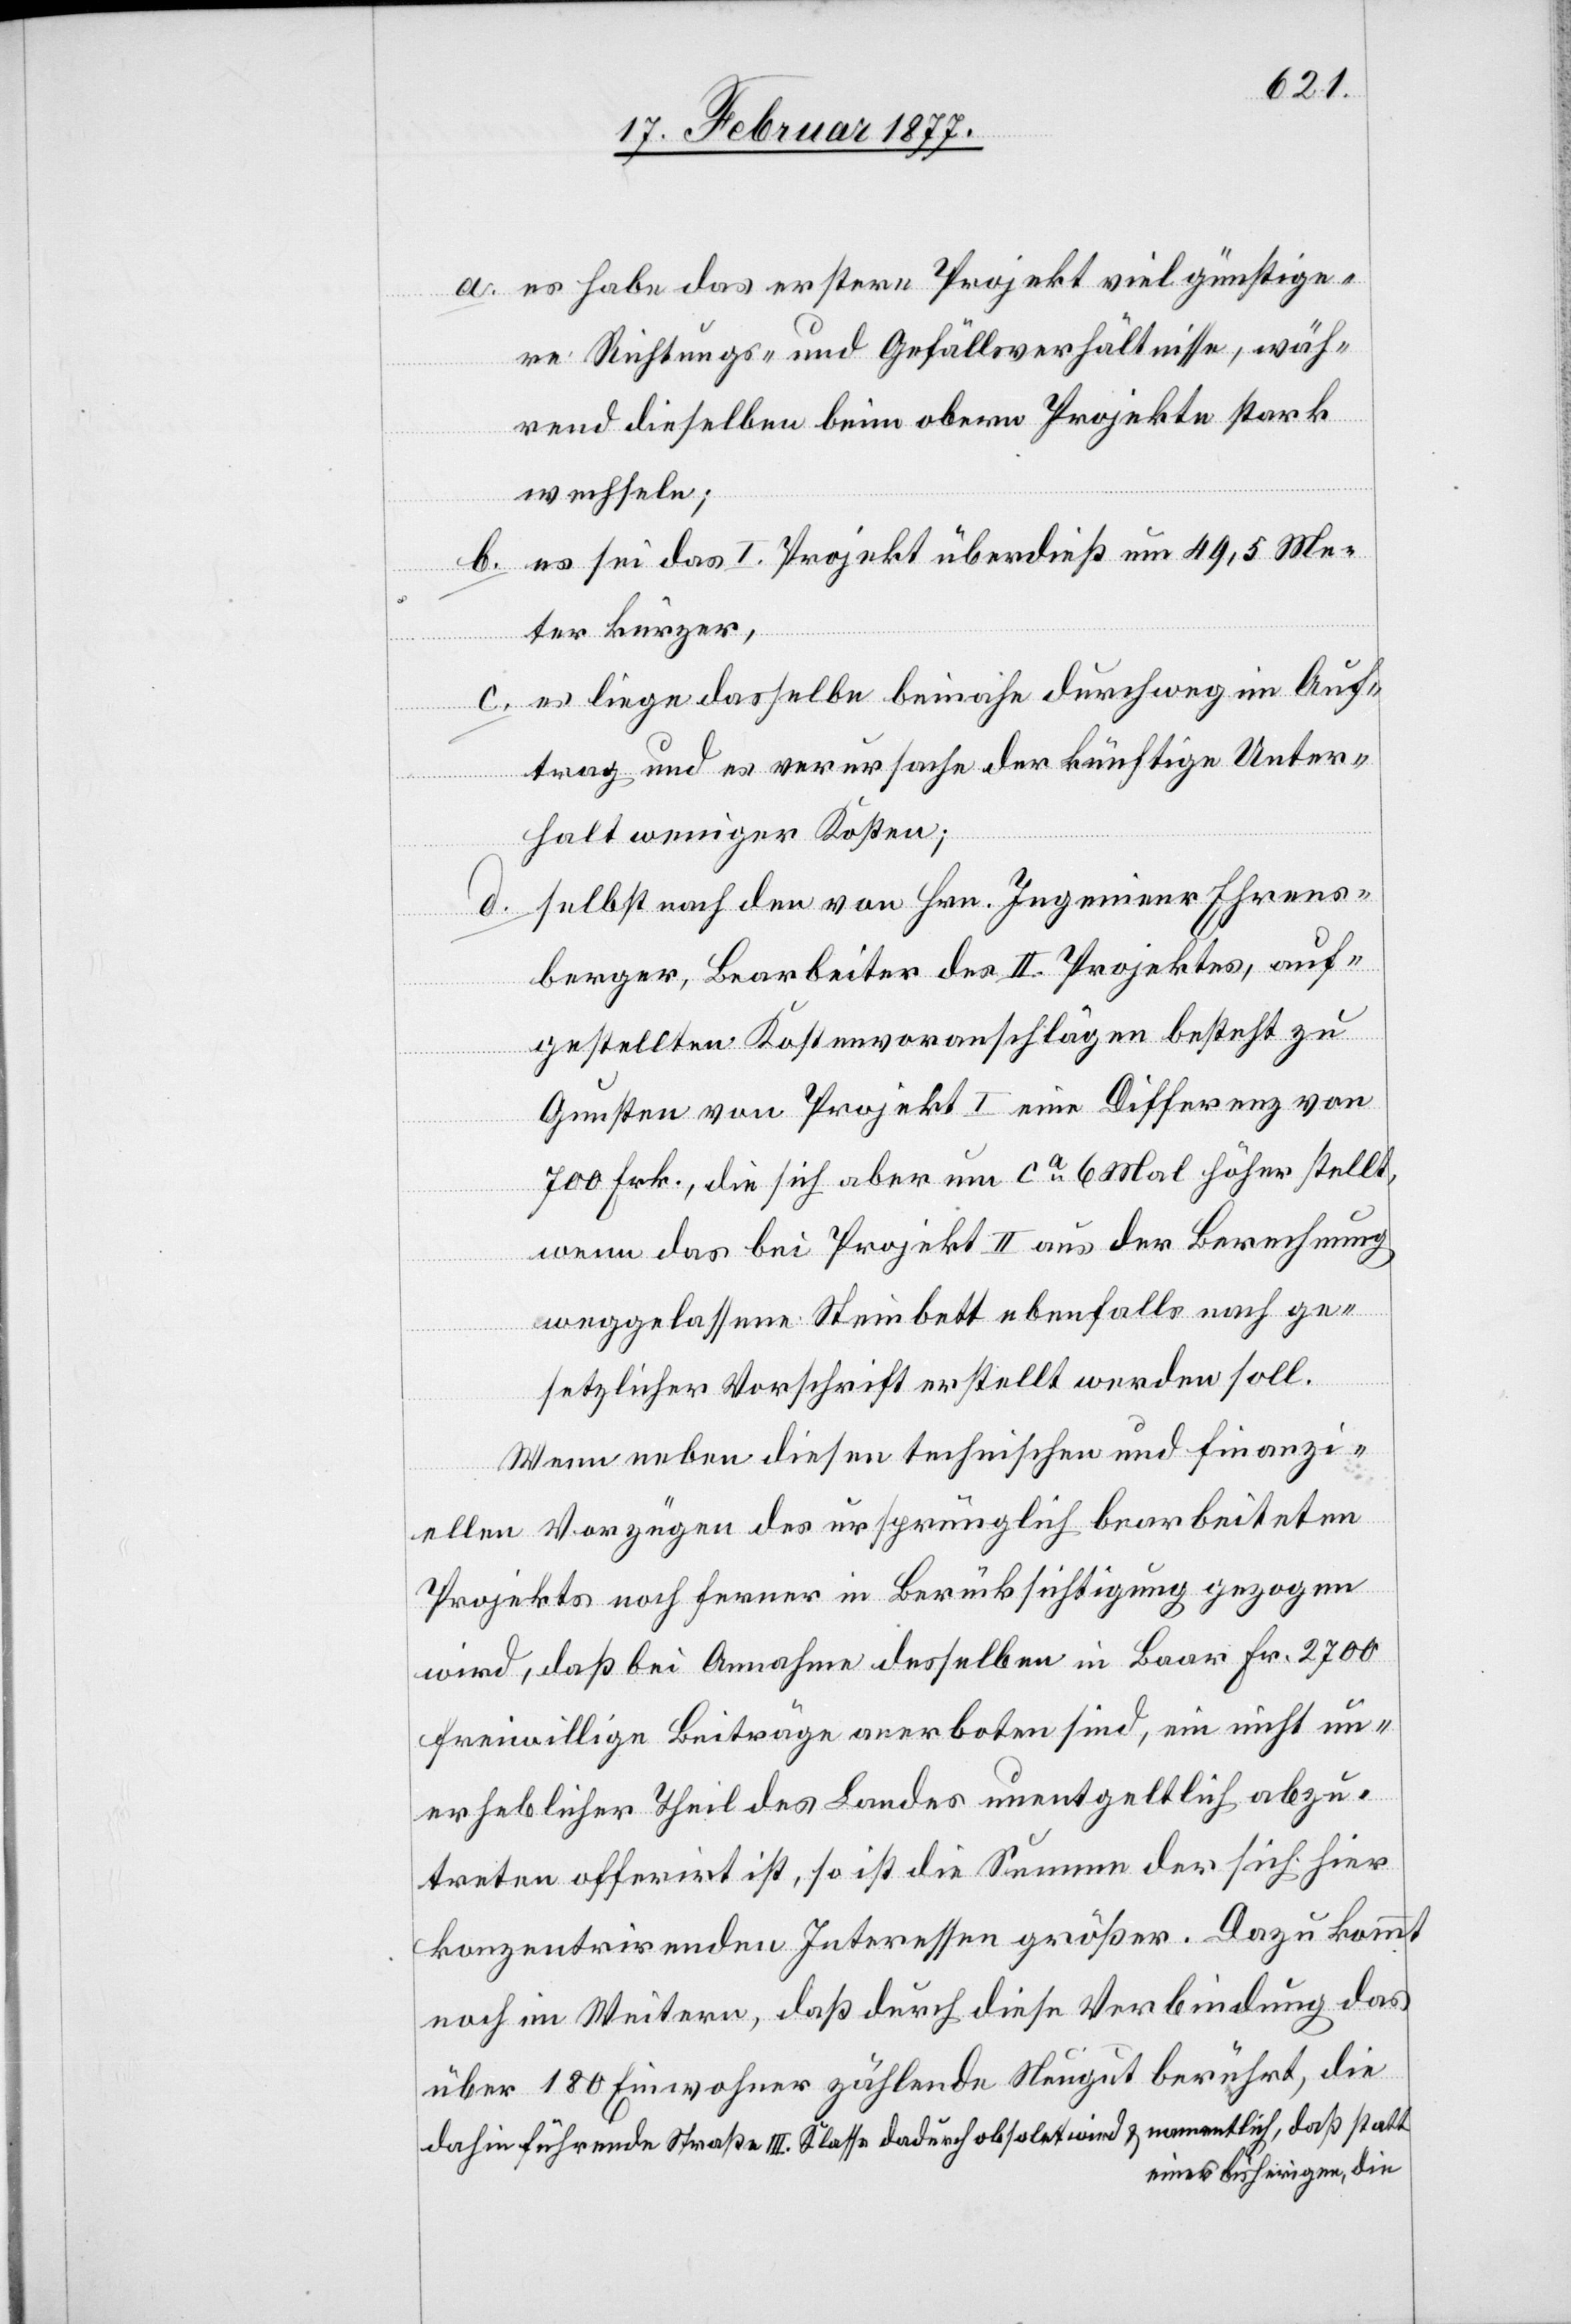
a. es habe das erstere Projekt viel günstige¬
re Richtungs- und Gefällsverhältnisse, wäh¬
rend dieselben beim obern Projekte stark
wechseln;
b. es sei das I. Projekt überdieß um 49,5 Me¬
ter kürzer;
c. es liege dasselbe beinahe durchweg im Auf¬
trag und es verursache der künftige Unter¬
halt weniger Kosten;
d. selbst nach den von Hrn. Ingenieur Eherns¬
berger, Bearbeiter des II. Projektes, auf¬
gestellten Kostenvoranschlägen besteht zu
Gunsten von Projekt I eine Differenz von
700 Frk., die sich aber um ca 6 Mal höher stellt,
wenn das bei Projekt II aus der Berechnung
weggelassene Steinbett ebenfalls nach ge¬
setzlicher Vorschrift erstellt werden soll.
Wenn neben diesen technischen und finanzi¬
ellen Vorzügen des ursprünglich bearbeiteten
Projektes noch ferner in Berücksichtigung gezogen
wird, daß bei Annahme desselben in Baar Fr. 2700
freiwillige Beiträge anerboten sind, ein nicht un¬
erheblicher Theil des Landes unentgeltlich abzu¬
treten offerirt ist, so ist die Summe der sich hier
konzentrirenden Interessen größer. Dazu kommt
noch im Weitern, daß durch diese Verbindung das
über 180 Einwohner zählende Neugut berührt, die
dahin führende Straße III. Klasse dadurch obsolet wird & namentlich, daß statt
eines bisherigen, die